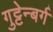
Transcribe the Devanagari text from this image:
गुट्टेन्बर्ग